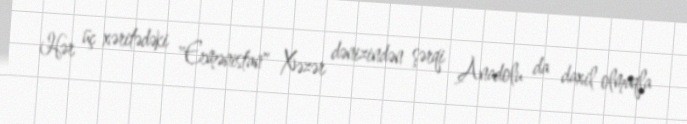
Hər üç xəritədəki "Ermənistan" Xəzər dənizindən şərqi Anadolu da daxil olmaqla